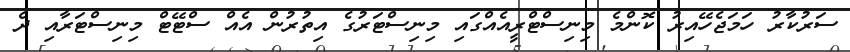
ސަރުކާރު ހަމަޖެހޭއިރު ކޮންމެ މިނިސްޓްރީއެއްގައި މިނިސްޓަރުގެ އިތުރުން އެއް ސްޓޭޓް މިނިސްޓަރާއި ދެ